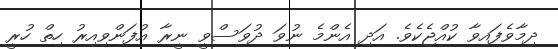
ދިމާވެފައިވާ ކުއްޖެކެވެ. އަދި އެންމެ ނުވަ ދުވަސްވީ ނީރާ އުފަންވިއިރު ހިތް ހުރީ